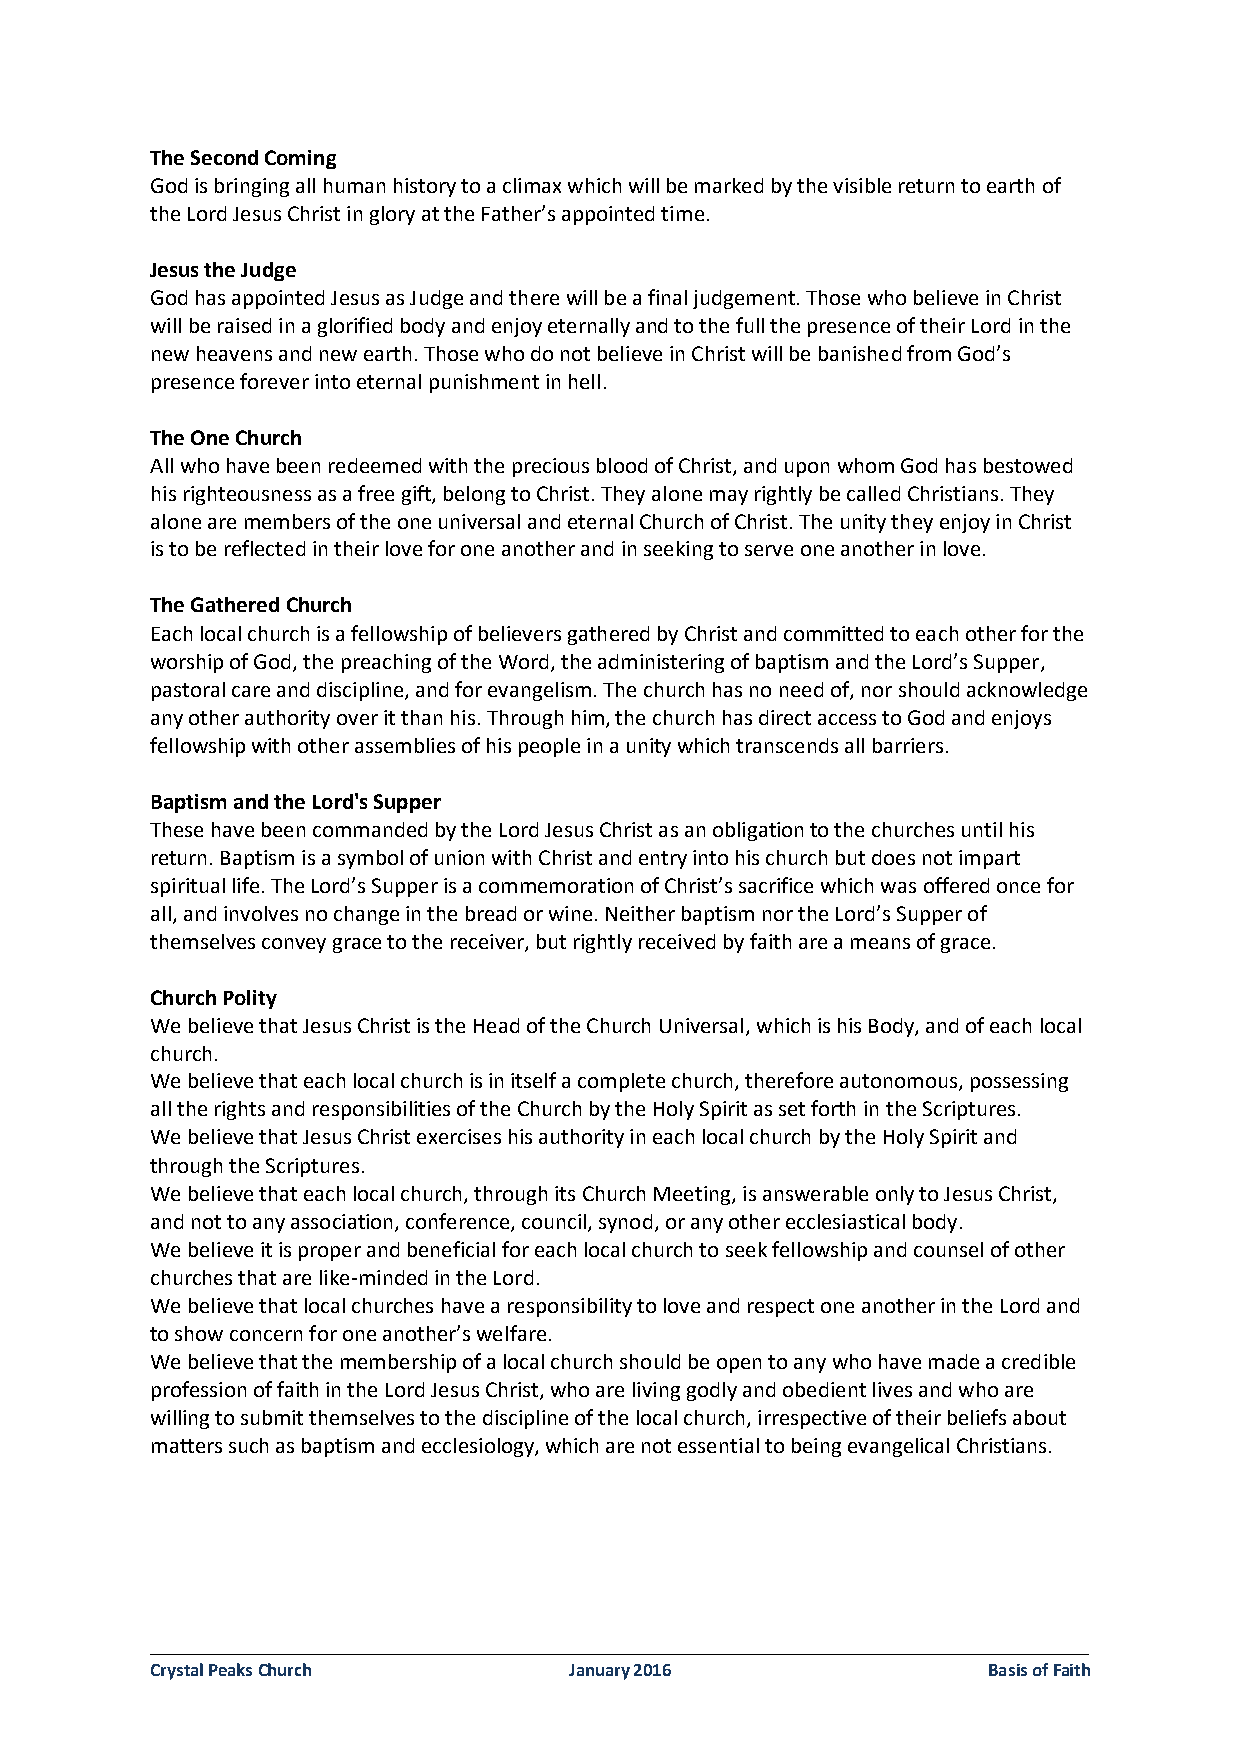
The Second Coming
 God is bringing all human history to a climax which will be marked by the visible return to earth of
 the Lord Jesus Christ in glory at the Father’s appointed time.
 Jesus the Judge
 God has appointed Jesus as Judge and there will be a final judgement. Those who believe in Christ
 will be raised in a glorified body and enjoy eternally and to the full the presence of their Lord in the
 new heavens and new earth. Those who do not believe in Christ will be banished from God’s
 presence forever into eternal punishment in hell.
 The One Church
 All who have been redeemed with the precious blood of Christ, and upon whom God has bestowed
 his righteousness as a free gift, belong to Christ. They alone may rightly be called Christians. They
 alone are members of the one universal and eternal Church of Christ. The unity they enjoy in Christ
 is to be reflected in their love for one another and in seeking to serve one another in love.
 The Gathered Church
 Each local church is a fellowship of believers gathered by Christ and committed to each other for the
 worship of God, the preaching of the Word, the administering of baptism and the Lord’s Supper,
 pastoral care and discipline, and for evangelism. The church has no need of, nor should acknowledge
 any other authority over it than his. Through him, the church has direct access to God and enjoys
 fellowship with other assemblies of his people in a unity which transcends all barriers.
 Baptism and the Lord's Supper
 These have been commanded by the Lord Jesus Christ as an obligation to the churches until his
 return. Baptism is a symbol of union with Christ and entry into his church but does not impart
 spiritual life. The Lord’s Supper is a commemoration of Christ’s sacrifice which was offered once for
 all, and involves no change in the bread or wine. Neither baptism nor the Lord’s Supper of
 themselves convey grace to the receiver, but rightly received by faith are a means of grace.
 Church Polity
 We believe that Jesus Christ is the Head of the Church Universal, which is his Body, and of each local
 church.
 We believe that each local church is in itself a complete church, therefore autonomous, possessing
 all the rights and responsibilities of the Church by the Holy Spirit as set forth in the Scriptures.
 We believe that Jesus Christ exercises his authority in each local church by the Holy Spirit and
 through the Scriptures.
 We believe that each local church, through its Church Meeting, is answerable only to Jesus Christ,
 and not to any association, conference, council, synod, or any other ecclesiastical body.
 We believe it is proper and beneficial for each local church to seek fellowship and counsel of other
 churches that are like-minded in the Lord.
 We believe that local churches have a responsibility to love and respect one another in the Lord and
 to show concern for one another’s welfare.
 We believe that the membership of a local church should be open to any who have made a credible
 profession of faith in the Lord Jesus Christ, who are living godly and obedient lives and who are
 willing to submit themselves to the discipline of the local church, irrespective of their beliefs about
 matters such as baptism and ecclesiology, which are not essential to being evangelical Christians.
 ___________________________________________________________________________
 Crystal Peaks Church        January 2016               Basis of Faith